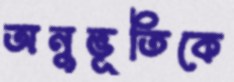
অনুভূতিকে